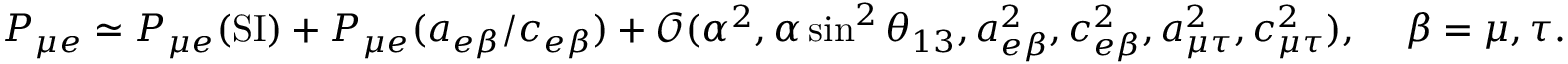
\begin{array} { r } { \centering P _ { \mu e } \simeq P _ { \mu e } ( \mathrm { S I } ) + P _ { \mu e } ( a _ { e \beta } / c _ { e \beta } ) + \mathcal { O } ( \alpha ^ { 2 } , \alpha \sin ^ { 2 } \theta _ { 1 3 } , a _ { e \beta } ^ { 2 } , c _ { e \beta } ^ { 2 } , a _ { \mu \tau } ^ { 2 } , c _ { \mu \tau } ^ { 2 } ) , \, \, \, \, \, \, \, \beta = \mu , \tau . } \end{array}